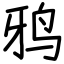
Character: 鸦